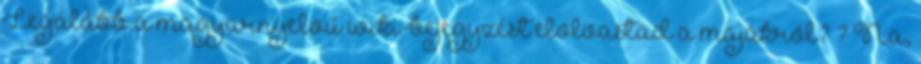
Legalább a magyarnyelvű wiki-bejegyzést elolvastad a majákról? ? Na,